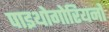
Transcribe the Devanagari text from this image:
पाइथोगोरियनो